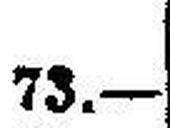
73.—